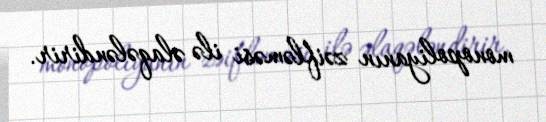
monopoliyanın zəifləməsi ilə əlaqələndirir.